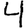
Digit: 4